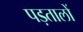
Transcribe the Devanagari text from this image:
पड़तालों